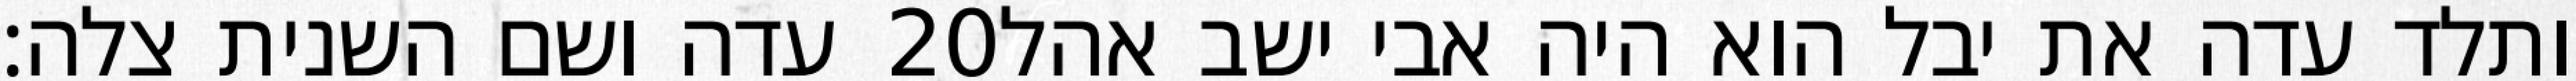
עדה ושם השנית צלה׃ ‎20‏ ותלד עדה את יבל הוא היה אבי ישב אהל